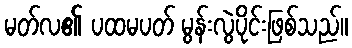
မတ်လ၏ ပထမပတ် မွန်းလွဲပိုင်းဖြစ်သည်။